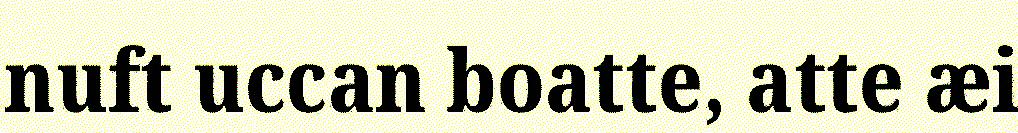
nuft uccan boatte, atte æi